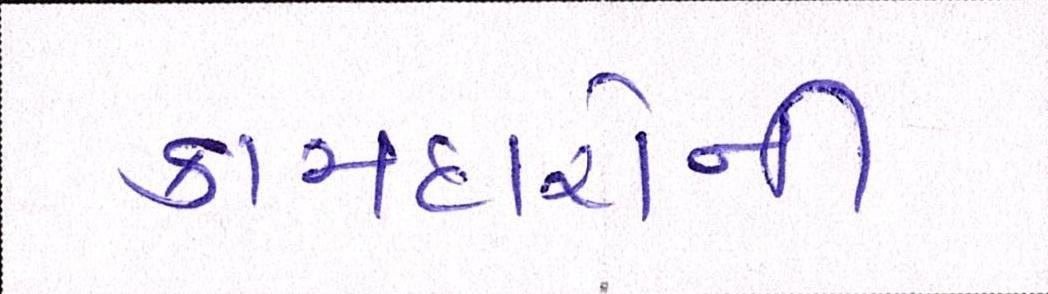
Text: કામદારોની